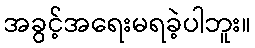
အခွင့်အရေးမရခဲ့ပါဘူး။